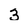
Character: 3